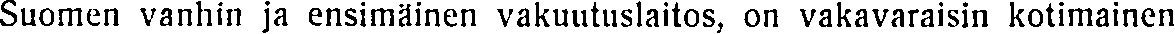
Suomen vanhin ja ensimäinen vakuutuslaitos, on vakavaraisin kotimainen